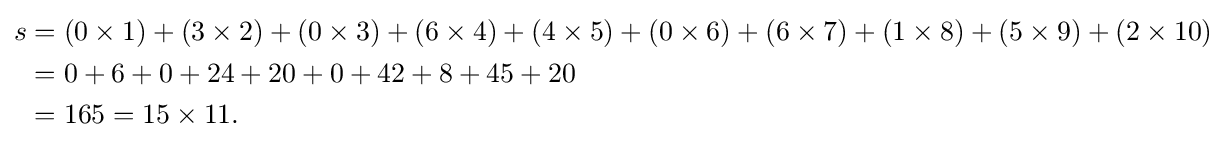
{\begin{aligned}s&=(0\times 1)+(3\times 2)+(0\times 3)+(6\times 4)+(4\times 5)+(0\times 6)+(6\times 7)+(1\times 8)+(5\times 9)+(2\times 10)\\&=0+6+0+24+20+0+42+8+45+20\\&=165=15\times 11.\end{aligned}}